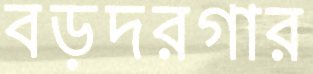
বড়দরগার